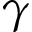
\gamma